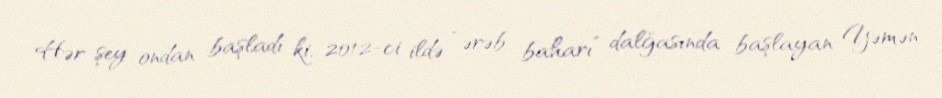
Hər şey ondan başladı ki, 2012-ci ildə “ərəb baharı” dalğasında başlayan Yəmən